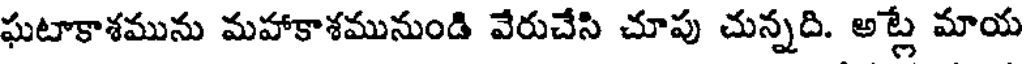
ఘటాకాశమును మహాకాశమునుండి వేరుచేసి చూపు చున్నది. అట్లే మాయ